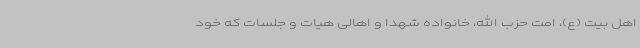
اهل بیت (ع)، امت حزب الله، خانواده شهدا و اهالی هیات و جلسات که خود